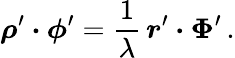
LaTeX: \boldsymbol\rho^{\prime}\boldsymbol\cdot\boldsymbol\phi^{\prime}={\frac{1}{\lambda}}\, \boldsymbol r^{\prime}\boldsymbol\cdot\boldsymbol\Phi^{\prime}\, .